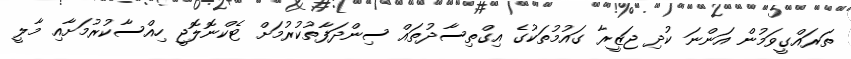
ތަރައްގީވަމުން އަންނަ ކުދި ޖަޒީރާ ގައުމުތަކުގެ އިގްތިސާދުތައް ސިންދަފާތުކުރުމަށް ޓެކްނޮލޮޖީ ހިއްސާކުރުމަށާއި މާލީ